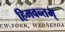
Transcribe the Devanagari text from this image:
हिमवन्तम्